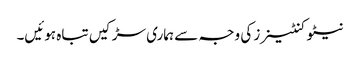
نیٹو کنٹینرز کی وجہ سے ہماری سڑکیں تباہ ہوئیں۔